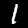
Digit: 1